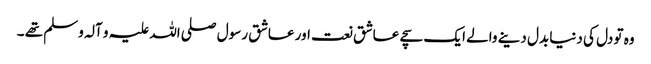
وہ تو دل کی دنیا بدل دینے والے ایک سچے عاشق نعت اور عاشق رسول صلی اللہ علیہ و آلہ وسلم تھے ۔